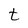
Character: t